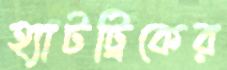
হ্যাটট্রিকের